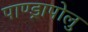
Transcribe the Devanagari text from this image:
पाण्ड्रापोलु